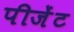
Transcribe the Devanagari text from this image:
पीजेंट